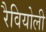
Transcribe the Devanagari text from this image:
रैवियोली